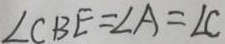
\angle C B E = \angle A = \angle C